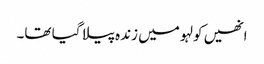
انھیں کولہو میں زندہ پیلا گیا تھا۔